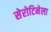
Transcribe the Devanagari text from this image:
सेरोटिनेला